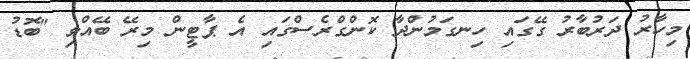
މިހާރު ދަރުބާރު ގޭގައި ހިނގަމުންދާ ކޮންގްރެސްގައި އެ ޕާޓީން މިރޭ ބޭއްވި "ބޮޑު